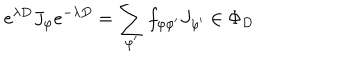
e ^ { \lambda D } J _ { \varphi } e ^ { - \lambda D } = \sum _ { \varphi ^ { \prime } } f _ { \varphi \varphi ^ { \prime } } J _ { \varphi ^ { \prime } } \in \Phi _ { D }